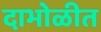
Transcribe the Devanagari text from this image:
दाभोळीत